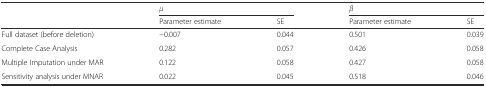
<table><thead><tr><td></td><td colspan="2"><b><i>μ</i></b></td><td colspan="2"><b><i>β</i></b></td></tr><tr><td></td><td><b>Parameter estimate</b></td><td><b>SE</b></td><td><b>Parameter estimate</b></td><td><b>SE</b></td></tr></thead><tbody><tr><td>Full dataset (before deletion)</td><td>−0.007</td><td>0.044</td><td>0.501</td><td>0.039</td></tr><tr><td>Complete Case Analysis</td><td>0.282</td><td>0.057</td><td>0.426</td><td>0.058</td></tr><tr><td>Multiple Imputation under MAR</td><td>0.122</td><td>0.058</td><td>0.427</td><td>0.058</td></tr><tr><td>Sensitivity analysis under MNAR</td><td>0.022</td><td>0.045</td><td>0.518</td><td>0.046</td></tr></tbody></table>